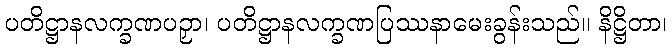
ပတိဋ္ဌာနလက္ခဏပဉှာ၊ ပတိဋ္ဌာနလက္ခဏပြဿနာမေးခွန်းသည်။ နိဋ္ဌိတာ၊